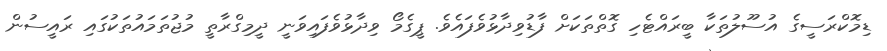
ޑިމޮކްރަސީގެ އުސޫލުތަކާ ބީރައްޓެހި ގޮތްތަކަށް ފާޑުވިދާޅުވެފައެވެ. ޕީގެމޯ ވިދާޅުވެފައިވަނީ ދީމިގްރާތީ މުޖުތަމައުތަކުގައި ރައީސުން